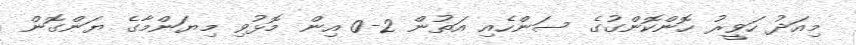
މިއަދު ހަވީރު ހޮންކޮންގުގެ ސަންހެއި އަތުން 2-0 އިން މޮޅުވި މިޔަންމާގެ ޔަންގޮން